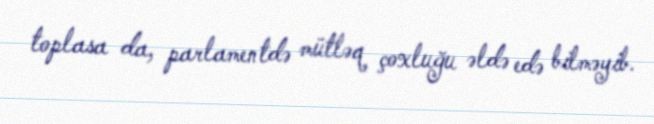
toplasa da, parlamentdə mütləq çoxluğu əldə edə bilməyib.